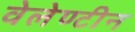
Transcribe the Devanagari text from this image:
वेलेण्टीन